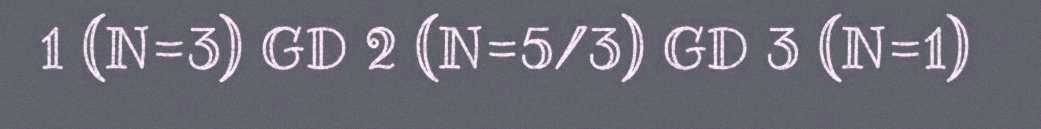
1 (N=3) GD 2 (N=5/3) GD 3 (N=1)